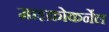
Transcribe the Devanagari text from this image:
माइक्रोकर्नेल